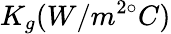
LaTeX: K_{g}(W/m^{2\circ}C)